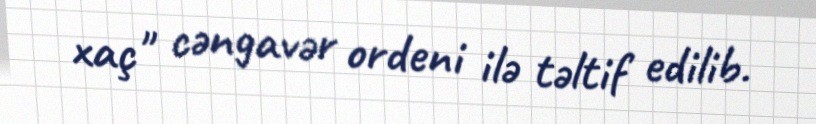
xaç" cəngavər ordeni ilə təltif edilib.